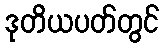
ဒုတိယပတ်တွင်